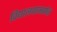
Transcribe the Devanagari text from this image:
विद्यालयामार्फत